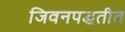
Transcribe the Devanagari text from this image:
जिवनपद्धतीत